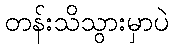
တန်းသိသွားမှာပဲ